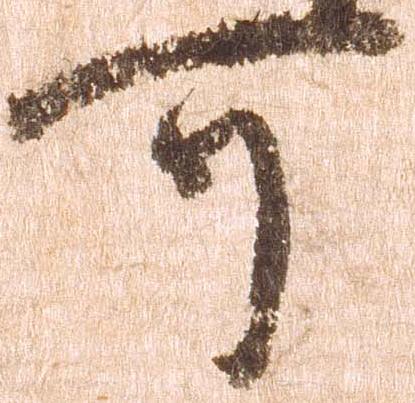
可